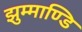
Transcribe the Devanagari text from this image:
झुम्माण्डि